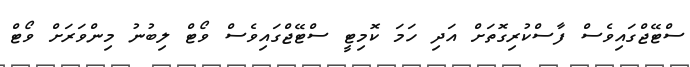
ސްޓޭޖްގައިވެސް ފާސްކުރިގޮތަށް އަދި ހަމަ ކޮމިޓީ ސްޓޭޖްގައިވެސް ވޯޓް ލިބުނު މިންވަރަށް ވޯޓް